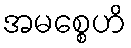
အမစ္စေဟိ